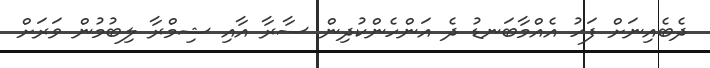
ދެބެއިނަށް ފަހު އެއްމާބަނޑު ދެ އަންހެންކުދިން ސާރާ އާއި ޝިމްރާ ލިބުމުން ވަރަށް